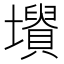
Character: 𡓤